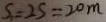
S _ { 1 } = 2 S = 2 0 m